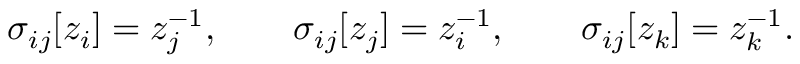
\sigma _ { i j } [ z _ { i } ] = z _ { j } ^ { - 1 } , \qquad \sigma _ { i j } [ z _ { j } ] = z _ { i } ^ { - 1 } , \qquad \sigma _ { i j } [ z _ { k } ] = z _ { k } ^ { - 1 } .